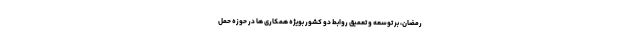
رمضان، بر توسعه و تعمیق روابط دو کشور بویژه همکاری ها در حوزه حمل